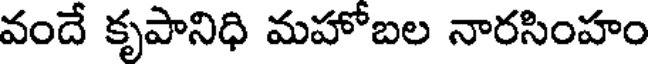
వందే కృపానిధి మహోబల నారసింహం